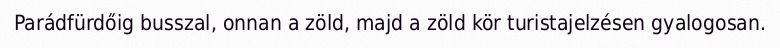
Parádfürdőig busszal, onnan a zöld, majd a zöld kör turistajelzésen gyalogosan.